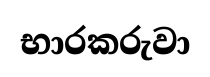
භාරකරුවා